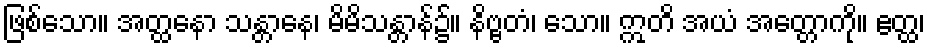
ဖြစ်သော။ အတ္ထနော သန္တာနေ၊ မိမိသန္တာန်၌။ နိဗ္ဗတံ၊ သော။ ဣတိ အယံ အတ္တောကို။ ဧတ္ထ၊